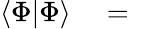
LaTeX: \begin{array}{rlr}{\langle\Phi|\Phi\rangle}&{{}=}&{}\end{array}